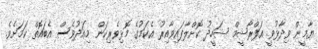
ޔާމީން ވިދާޅުވީ އަފްރާޝީމް ޝަހީދު ކޮށްލާފައިވާއިރު އެކަމުގެ މޮޅިވެރިކަން މިއަދުވެސް އެބައޮތް ކަމަށެވެ.